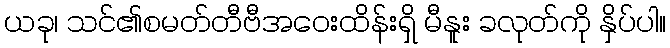
ယခု၊ သင်၏စမတ်တီဗီအဝေးထိန်းရှိ မီနူး ခလုတ်ကို နှိပ်ပါ။